Report of the Municipal Commissioner on the plague in Bombay for the year ending 31st May... - Volume 1
Disease focus: Plague
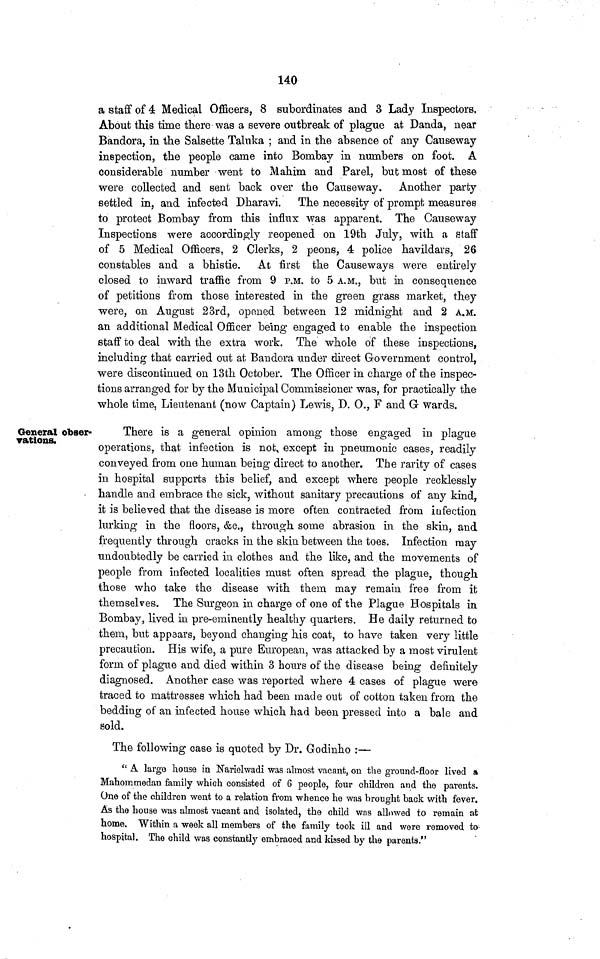
140
a staff of 4 Medical Officers, 8 subordinates and 3 Lady Inspectors,
About this time there was a severe outbreak of plague at Danda, near
Bandora, in the Salsette Taluka ; and in the absence of any Causeway
inspection, the people came into Bombay in numbers on foot. A
considerable number went to Mahim and Parel, but most of these
were collected and sent back over the Causeway. Another party
settled in, and infected Dharavi. The necessity of prompt measures
to protect Bombay from this influx was apparent. The Causeway
Inspections were accordingly reopened on 19th July, with a staff
of 5 Medical Officers, 2 Clerks, 2 peons, 4 police havildars, 26
constables and a bhistie. At first the Causeways were entirely
closed to inward traffic from 9 P.M. to 5 A.M., but in consequence
of petitions from those interested in the green grass market, they
were, on August 23rd, opened between 12 midnight and 2 A.M.
an additional Medical Officer being engaged to enable the inspection,
staff to deal with the extra work. The whole of these inspections,
including that carried out at Bandora under direct Government control,
were discontinued on 13th October. The Officer in charge of the inspec-
tions arranged for by the Municipal Commissioner was, for practically the
whole time, Lieutenant (now Captain) Lewis, D. 0., F and G wards.
General obser-
vations.
There is a general opinion among those engaged in plague
operations, that infection is not, except in pneumonic cases, readily
conveyed from one human being direct to another. The rarity of cases
in hospital supports this belief, and except where people recklessly
handle and embrace the sick, without sanitary precautions of any kind,
it is believed that the disease is more often contracted from infection
lurking in the floors, &c., through some abrasion in the skin, and
frequently through cracks in the skin between the toes. Infection may
undoubtedly be carried in clothes aud the like, and the movements of
people from infected localities must often spread the plague, though
those who take the disease with them may remain free from it
themselves. The Surgeon in charge of one of the Plague Hospitals in
Bombay, lived in pre-eminently healthy quarters. He daily returned to
them, but appears, beyond changing his coat, to have taken very little
precaution. His wife, a pure European, was attacked by a most virulent
form, of plague and died within 3 hours of the disease being definitely
diagnosed. Another case was reported where 4 cases of plague were
traced to mattresses which had been made out of cotton taken from the
bedding of an infected house which had been pressed into a bale and
sold.
The following case is quoted by Dr. Godinho :—
"A large house in Narielwadi was almost vacant, on the ground-floor lived a
Mahoinmedan family which consisted of 6 people, four children and the parents.
One of the children went to a relation from whence he was hrought hack with fever.
As the house was almost vacant and isolated, the child was allowed to remain at
home. Within a week all members of the family took ill and were removed to
hospital. The child was constantly embraced and kissed by the parents."